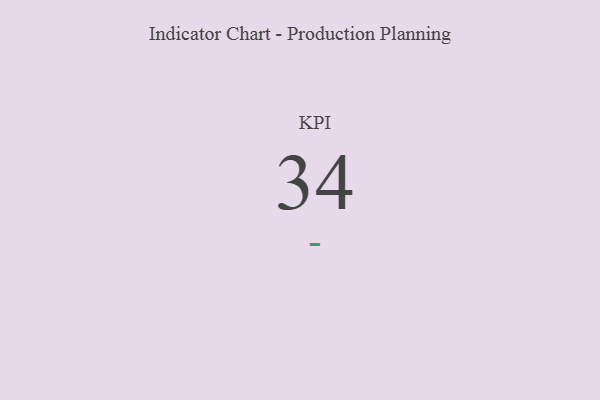
{"axis": {"x": "KPI", "y": "Value"}, "legend": [""], "data": [{"x": "KPI", "y": 34, "type": ""}]}